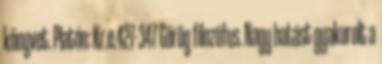
könyvet. Platón: Kr.e.427-347 Görög filozófus. Nagy hatást gyakorolt a